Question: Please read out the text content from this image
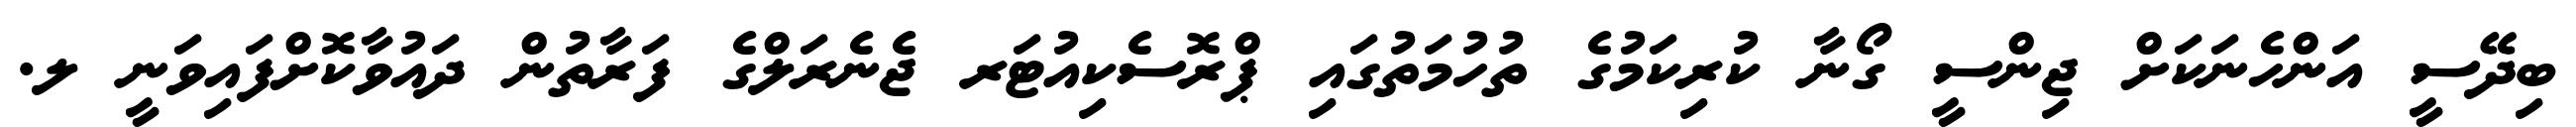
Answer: ބިދޭސީ އަންހެނަކަށް ޖިންސީ ގޯނާ ކުރިކަމުގެ ތުހުމަތުގައި ޕްރޮސެކިއުޓަރ ޖެނެރަލްގެ ފަރާތުން ދައުވާކޮށްފައިވަނީ ލ.